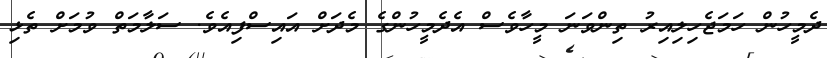
ދެމީހުން ހަމަޖެހިލިއިރު ތިންވަނަ މީހާވެސް އެދެމީހުންގެ މެދަށް އައިސްފިއެވެ. ސަލާމަތް ވުމަށް ތެޅި